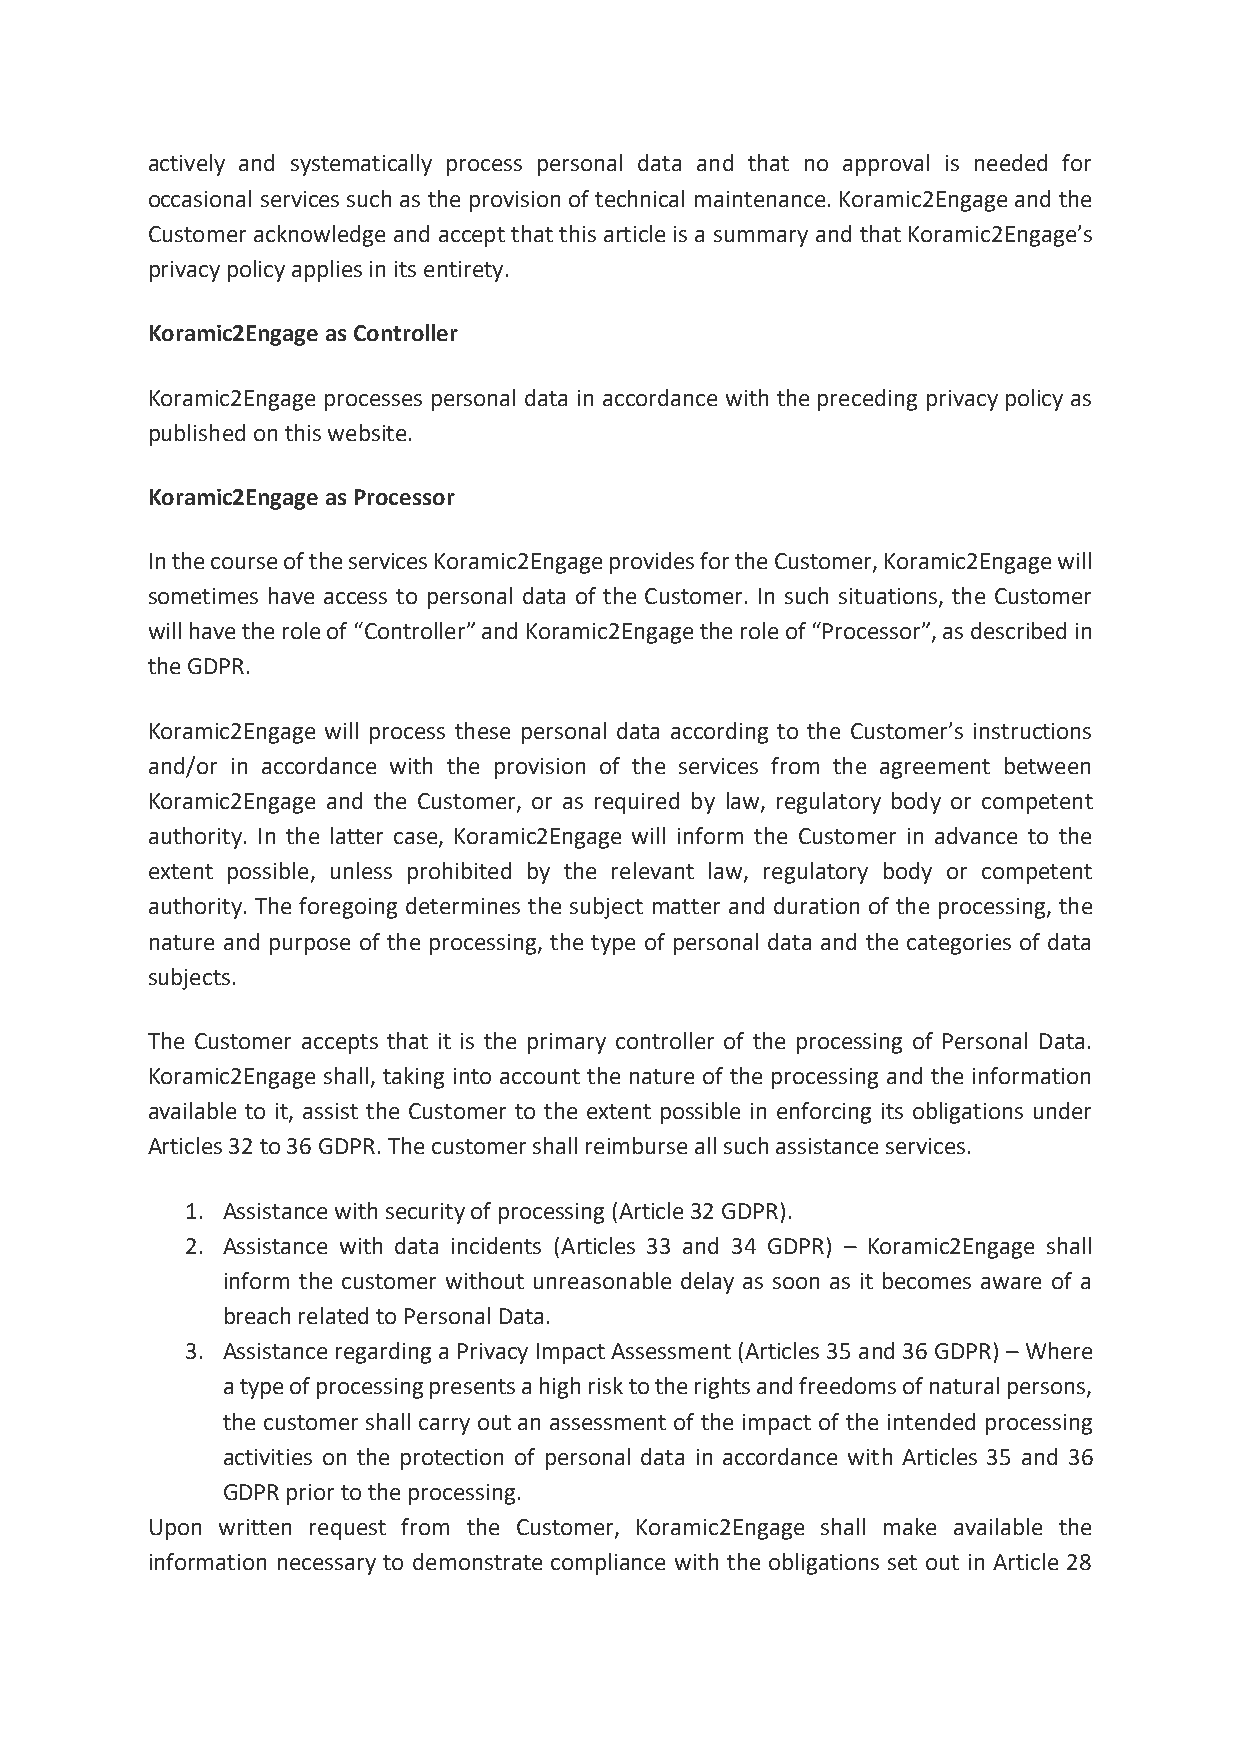
actively and systematically process personal data and that no approval is needed for
 occasional services such as the provision of technical maintenance. Koramic2Engage and the
 Customer acknowledge and accept that this article is a summary and that Koramic2Engage’s
 privacy policy applies in its entirety.
 Koramic2Engage as Controller
 Koramic2Engage processes personal data in accordance with the preceding privacy policy as
 published on this website.
 Koramic2Engage as Processor
 In the course of the services Koramic2Engage provides for the Customer, Koramic2Engage will
 sometimes have access to personal data of the Customer. In such situations, the Customer
 will have the role of “Controller” and Koramic2Engage the role of “Processor”, as described in
 the GDPR.
 Koramic2Engage will process these personal data according to the Customer’s instructions
 and/or in accordance with the provision of the services from the agreement between
 Koramic2Engage and the Customer, or as required by law, regulatory body or competent
 authority. In the latter case, Koramic2Engage will inform the Customer in advance to the
 extent possible, unless prohibited by the relevant law, regulatory body or competent
 authority. The foregoing determines the subject matter and duration of the processing, the
 nature and purpose of the processing, the type of personal data and the categories of data
 subjects.
 The Customer accepts that it is the primary controller of the processing of Personal Data.
 Koramic2Engage shall, taking into account the nature of the processing and the information
 available to it, assist the Customer to the extent possible in enforcing its obligations under
 Articles 32 to 36 GDPR. The customer shall reimburse all such assistance services.
 1. Assistance with security of processing (Article 32 GDPR).
 2. Assistance with data incidents (Articles 33 and 34 GDPR) – Koramic2Engage shall
 inform the customer without unreasonable delay as soon as it becomes aware of a
 breach related to Personal Data.
 3. Assistance regarding a Privacy Impact Assessment (Articles 35 and 36 GDPR) – Where
 a type of processing presents a high risk to the rights and freedoms of natural persons,
 the customer shall carry out an assessment of the impact of the intended processing
 activities on the protection of personal data in accordance with Articles 35 and 36
 GDPR prior to the processing.
 Upon written request from the Customer, Koramic2Engage shall make available the
 information necessary to demonstrate compliance with the obligations set out in Article 28